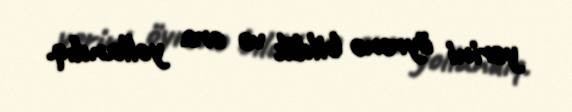
yerini öyrənə bildik və ora yollandıq.